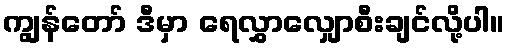
ကျွန်တော် ဒီမှာ ရေလွှာလျှောစီးချင်လို့ပါ။